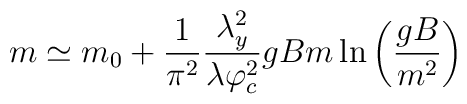
m\simeq m_{0}+\frac{1}{\pi ^{2}}\frac{\lambda _{y}^{2}}{\lambda \varphi_{c}^{2}}gBm\ln \left( \frac{gB}{m^{2}}\right)